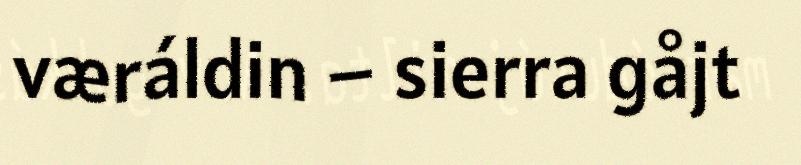
væráldin – sierra gåjt